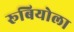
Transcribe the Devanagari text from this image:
रूबियोला